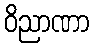
ဝိညာဏာ